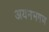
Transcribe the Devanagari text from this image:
अयनभगण